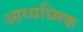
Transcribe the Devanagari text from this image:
आध्यथ्मिक